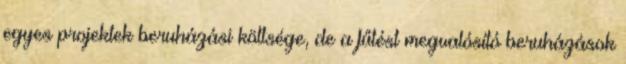
egyes projektek beruházási költsége, de a fűtést megvalósító beruházások